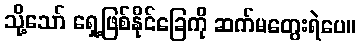
သို့သော် ရှေ့ဖြစ်နိုင်ခြေကို ဆက်မတွေးရဲပေ။